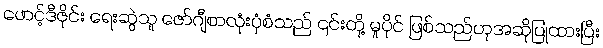
ဖောင့်ဒီဇိုင်း ရေးဆွဲသူ ဇော်ဂျီစာလုံးပုံစံသည် ၎င်းတို့ မူပိုင် ဖြစ်သည်ဟုအဆိုပြုထားပြီး